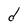
Character: d